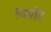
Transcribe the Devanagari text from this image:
स्थपीत